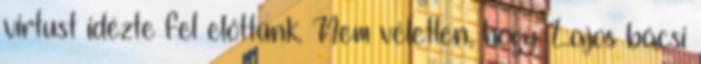
virtust idézte fel előttünk. Nem véletlen, hogy Lajos bácsi